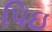
પિઇ